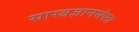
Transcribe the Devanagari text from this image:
सास्त्रज्ञानसंपन्न